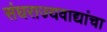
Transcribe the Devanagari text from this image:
संघराज्यवाद्यांचा